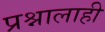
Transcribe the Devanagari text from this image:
प्रश्नालाही